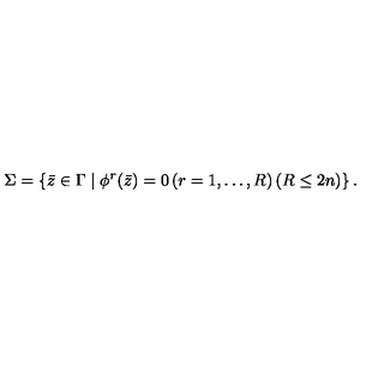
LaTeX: \Sigma = \left\{ \bar { z } \in \Gamma \mid \phi ^ { r } ( \bar { z } ) = 0 \left( r = 1 , \ldots , R \right) \left( R \leq 2 n \right) \right\} .